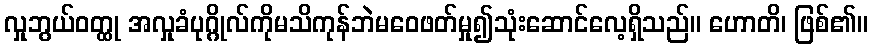
လှုဘွယ်ဝတ္ထု အလှုခံပုဂ္ဂိုလ်ကိုမသိကုန်ဘဲမဝေဖတ်မှု၍သုံးဆောင်လေ့ရှိသည်။ ဟောတိ၊ ဖြစ်၏။